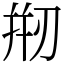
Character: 𠝵